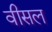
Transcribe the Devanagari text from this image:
वीसल